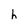
Character: h